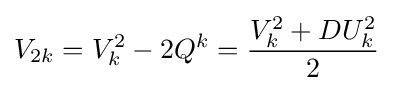
V_{2k}=V_{k}^{2}-2Q^{k}={\frac {V_{k}^{2}+DU_{k}^{2}}{2}}